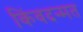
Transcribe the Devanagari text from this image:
किंवदन्मत